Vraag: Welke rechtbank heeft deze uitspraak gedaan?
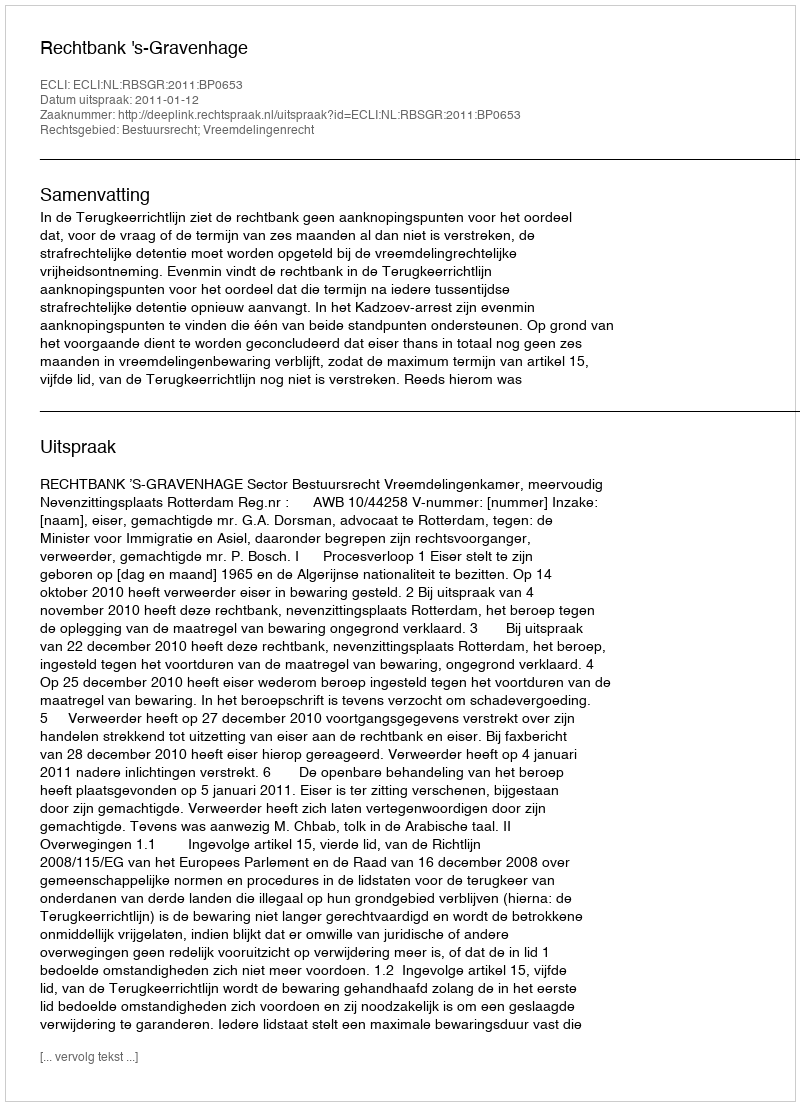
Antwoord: Rechtbank 's-Gravenhage